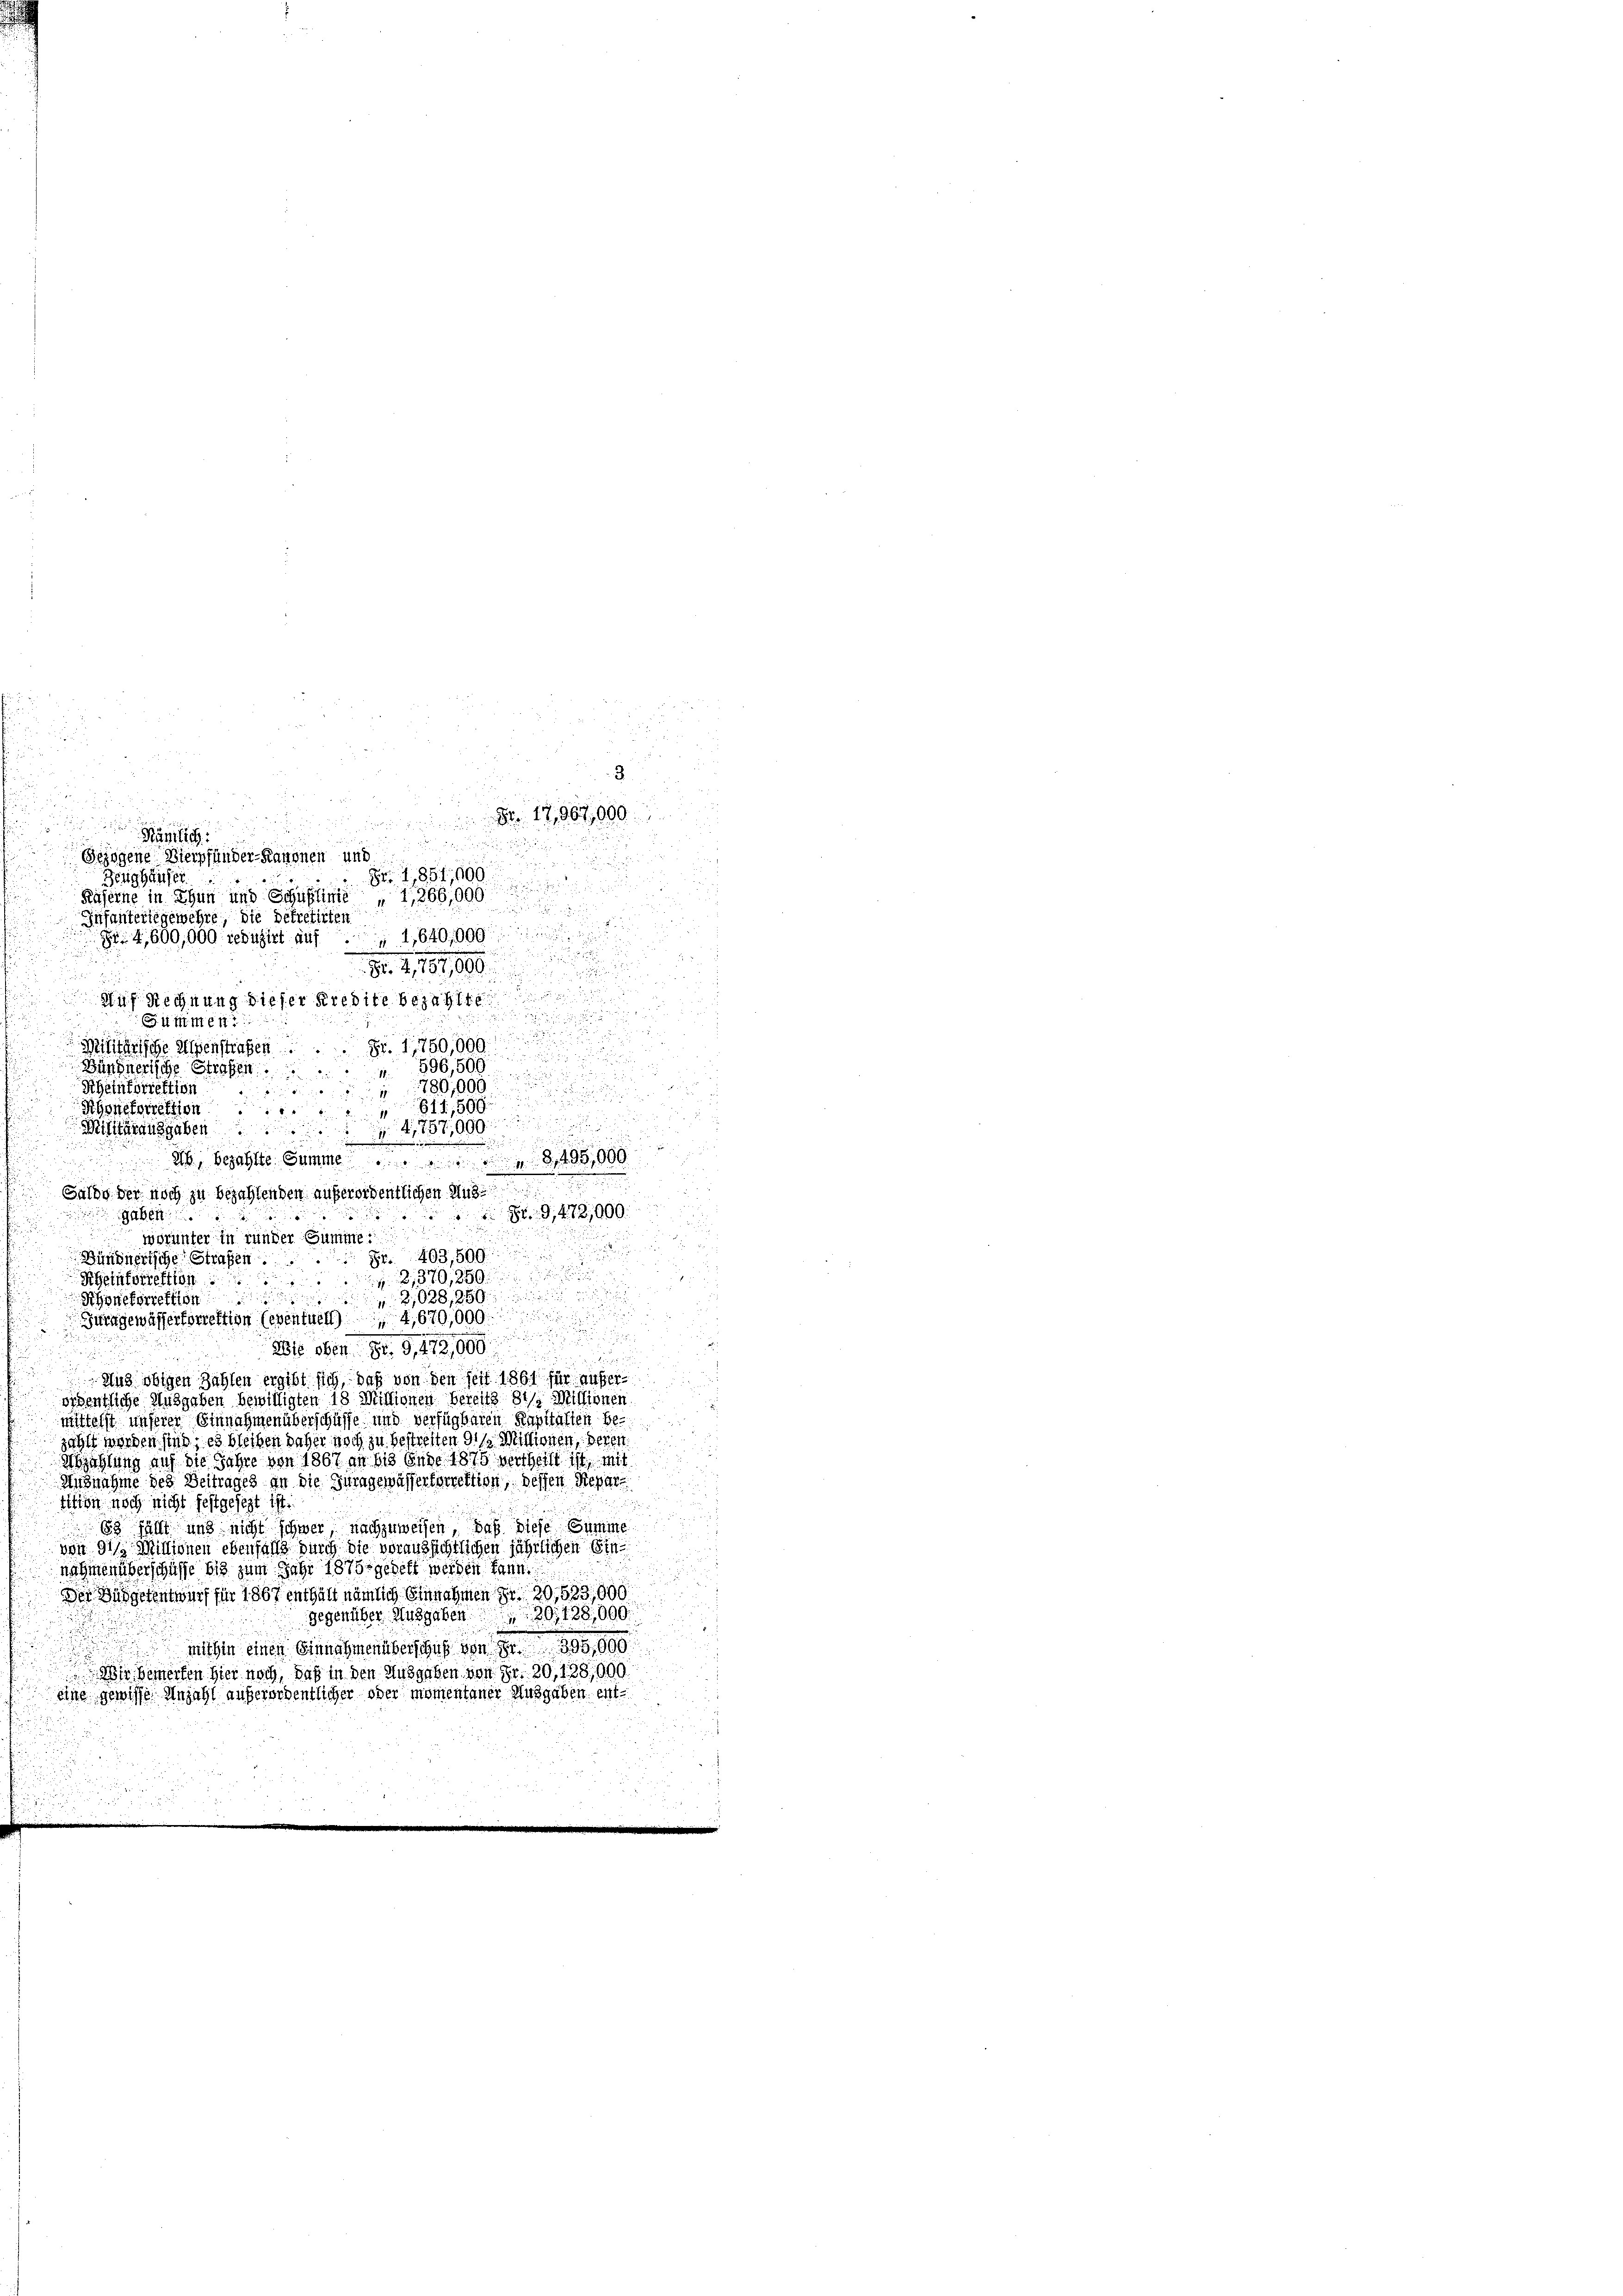
.
3.
8
 Nr. 12,967,000

g

u
Sezogene Vierpfänder-Kanonen und
2
 1,851,600
Zeughäuser

Kaserne in Sinn und Schnung 1866,000
Infanteriegewehre, die Dekretirten
d
Fr. 4,600,000 reduzirt auf 1,640,000

Nr. 211,00

Auf Rechnung dieser Kredite bezahlt

Summen.
2
Fr. 1750,909
Militärliche Weigenstrafen

Bündnerische Strafen
896,000
Rheintorrektion
 780,000
5

Rhonetorrektion 611,500
Militarausgaben.15799

46, bezahlte Summe 496,000
Saldo der noch zu bezahlenden außerordentlichen Aus
94. 12,000
abe

worunter in runder Summe:
Fr. 403,509
Bündnerische Strafen.
21370,850
Rheinforrektion
228, 2
Rhonetorrektio
Jurngewässerforrektion (eventuell 4,670,000

Wie ober. Dr. G,472,000
Hus obigen Zahlen ergibt sich, daß von den seit 1861 für außer
ördentliche Ausgaben bewilligten 18 Missionen Bereits die Missionen
mittelst unserer Einnahmen überschüsse und verfügbaren Kapitalich bezählt worden sind, es bleiben daher noch zu bestreiten die Mittionen, deren
szahlung auf die Jahre von 1867 an bis Ende 1875 vertheilt ist, mit
Annahme des Beitrages an die Juragewässertorrektion, dessen Repar
tition noch nicht festgesezt ist.
88 fällt und nicht schwer, nachzuweisen, daß diese Summe
von 911 Millionen ebenfalls durch die voraussichtlichen jährlichen Ein
nahmen überschüsse bis zum Jahr 1875 gebett werden kann.
Der Budgetentwurf für 1867 enthält nämlich Einnahmen Sr. 20,523,000
gegenüber Ausgaben 20, 128,000.
mithin einen Einnahmen überschuß von S. 395,000
 Die Gewerten hier noch, daß in den Ausgaben von Fr. 80, 138,000.
eine gewisse Anzahl außerordentlicher oder momentaner Ausgaben ent

52
.
r
2
u

28
.

u
d
u
.
d

u